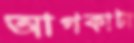
আগকাটা